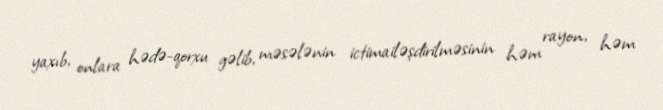
yaxıb, onlara hədə-qorxu gəlib, məsələnin ictimailəşdirilməsinin həm rayon, həm